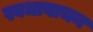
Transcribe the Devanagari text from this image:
स्वधावाचन